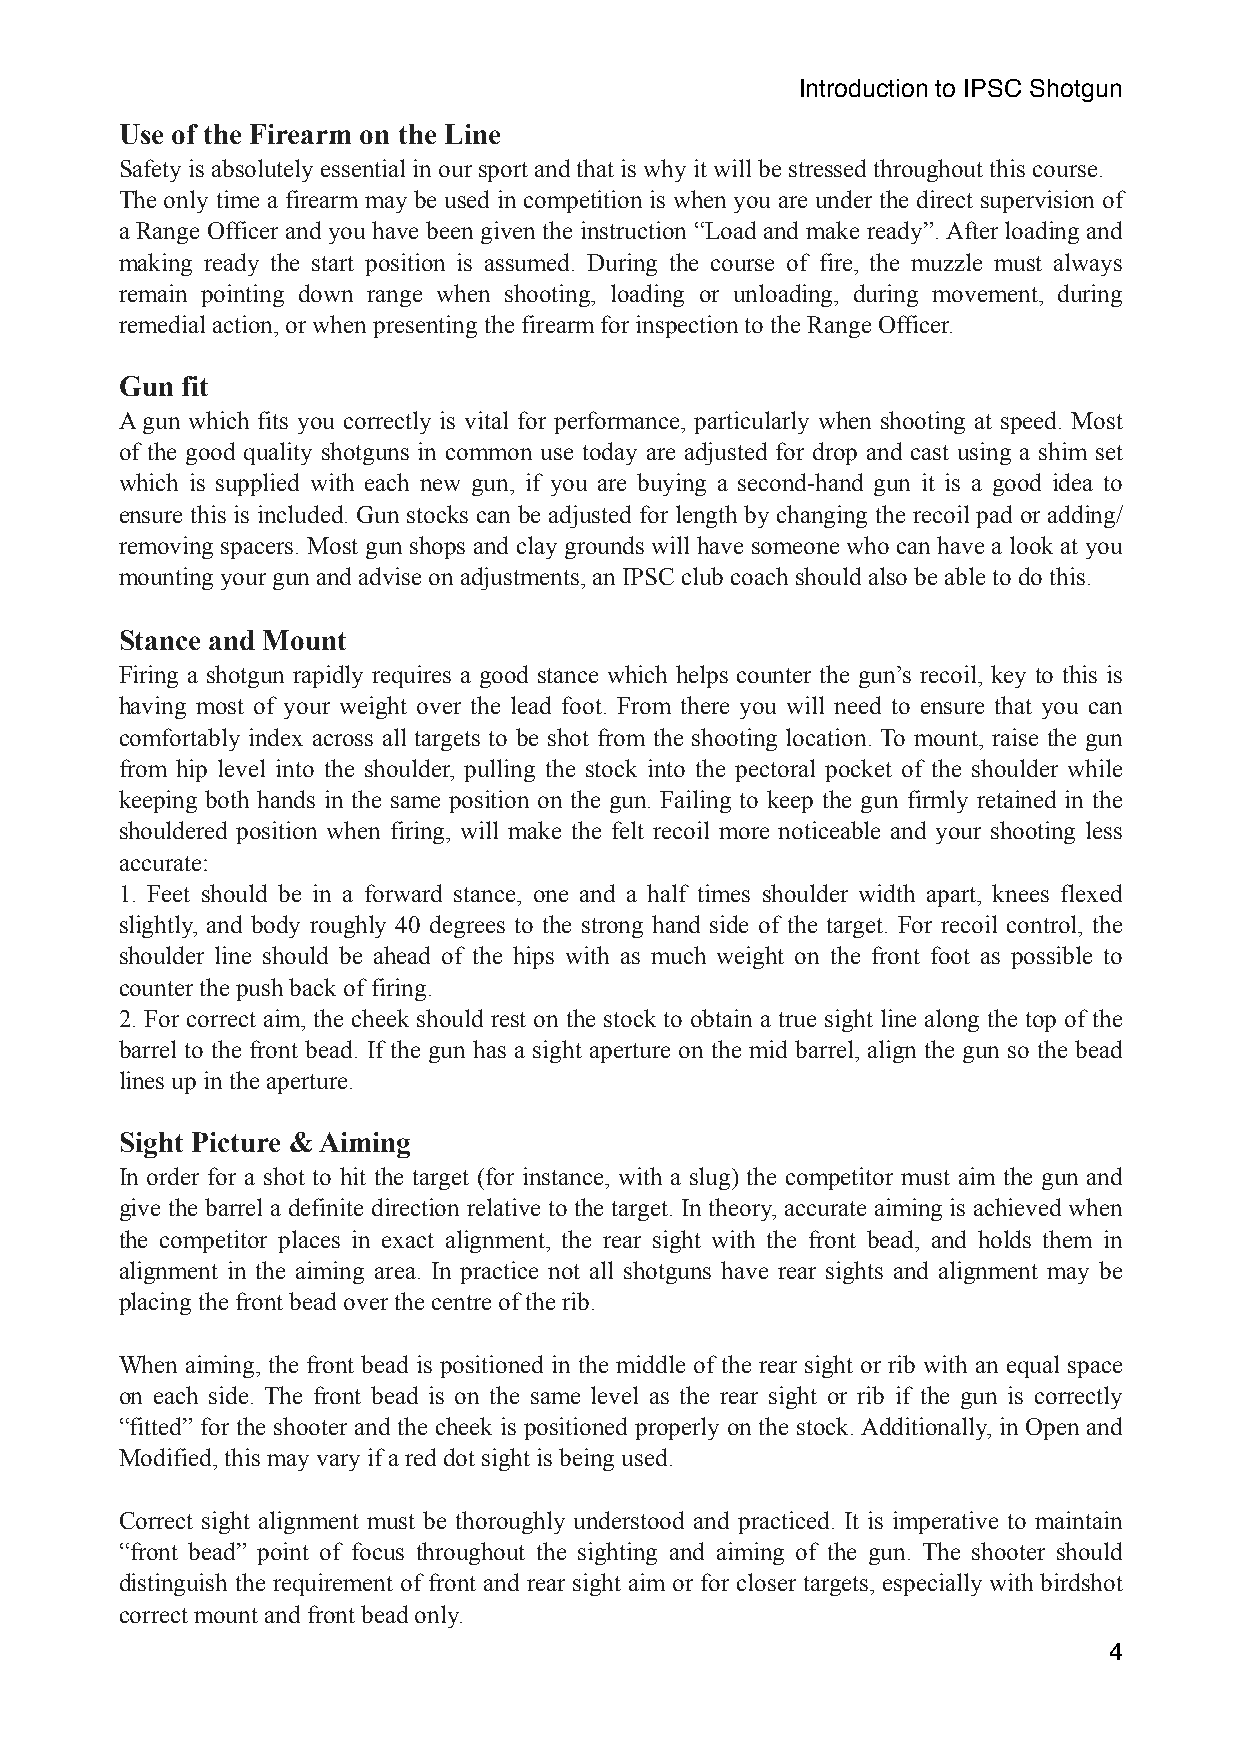
Introduction to IPSC Shotgun
 Use of the Firearm on the Line
 Safety is absolutely essential in our sport and that is why it will be stressed throughout this course.
 The only time a firearm may be used in competition is when you are under the direct supervision of
 a Range Officer and you have been given the instruction “Load and make ready”. After loading and
 making ready the start position is assumed. During the course of fire, the muzzle must always
 remain pointing down range when shooting, loading or unloading, during movement, during
 remedial action, or when presenting the firearm for inspection to the Range Officer.
 Gun fit
 A gun which fits you correctly is vital for performance, particularly when shooting at speed. Most
 of the good quality shotguns in common use today are adjusted for drop and cast using a shim set
 which is supplied with each new gun, if you are buying a second-hand gun it is a good idea to
 ensure this is included. Gun stocks can be adjusted for length by changing the recoil pad or adding/
 removing spacers. Most gun shops and clay grounds will have someone who can have a look at you
 mounting your gun and advise on adjustments, an IPSC club coach should also be able to do this.
 Stance and Mount
 Firing a shotgun rapidly requires a good stance which helps counter the gun’s recoil, key to this is
 having most of your weight over the lead foot. From there you will need to ensure that you can
 comfortably index across all targets to be shot from the shooting location. To mount, raise the gun
 from hip level into the shoulder, pulling the stock into the pectoral pocket of the shoulder while
 keeping both hands in the same position on the gun. Failing to keep the gun firmly retained in the
 shouldered position when firing, will make the felt recoil more noticeable and your shooting less
 accurate:
 1. Feet should be in a forward stance, one and a half times shoulder width apart, knees flexed
 slightly, and body roughly 40 degrees to the strong hand side of the target. For recoil control, the
 shoulder line should be ahead of the hips with as much weight on the front foot as possible to
 counter the push back of firing.
 2. For correct aim, the cheek should rest on the stock to obtain a true sight line along the top of the
 barrel to the front bead. If the gun has a sight aperture on the mid barrel, align the gun so the bead
 lines up in the aperture.
 Sight Picture & Aiming
 In order for a shot to hit the target (for instance, with a slug) the competitor must aim the gun and
 give the barrel a definite direction relative to the target. In theory, accurate aiming is achieved when
 the competitor places in exact alignment, the rear sight with the front bead, and holds them in
 alignment in the aiming area. In practice not all shotguns have rear sights and alignment may be
 placing the front bead over the centre of the rib.
 When aiming, the front bead is positioned in the middle of the rear sight or rib with an equal space
 on each side. The front bead is on the same level as the rear sight or rib if the gun is correctly
 “fitted” for the shooter and the cheek is positioned properly on the stock. Additionally, in Open and
 Modified, this may vary if a red dot sight is being used.
 Correct sight alignment must be thoroughly understood and practiced. It is imperative to maintain
 “front bead” point of focus throughout the sighting and aiming of the gun. The shooter should
 distinguish the requirement of front and rear sight aim or for closer targets, especially with birdshot
 correct mount and front bead only.
 4